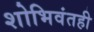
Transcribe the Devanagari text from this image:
शोभिवंतही